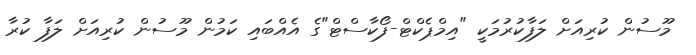
މޫސުން ކުރިއަށް ލަފާކުރުމަކީ "އިމްޕެކްޓް-ފޯކާސްޓް"ގެ އެއްބައި ކަމުން މޫސުން ކުރިއަށް ލަފާ ކުރާ